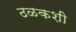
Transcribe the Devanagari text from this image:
ठळकशी